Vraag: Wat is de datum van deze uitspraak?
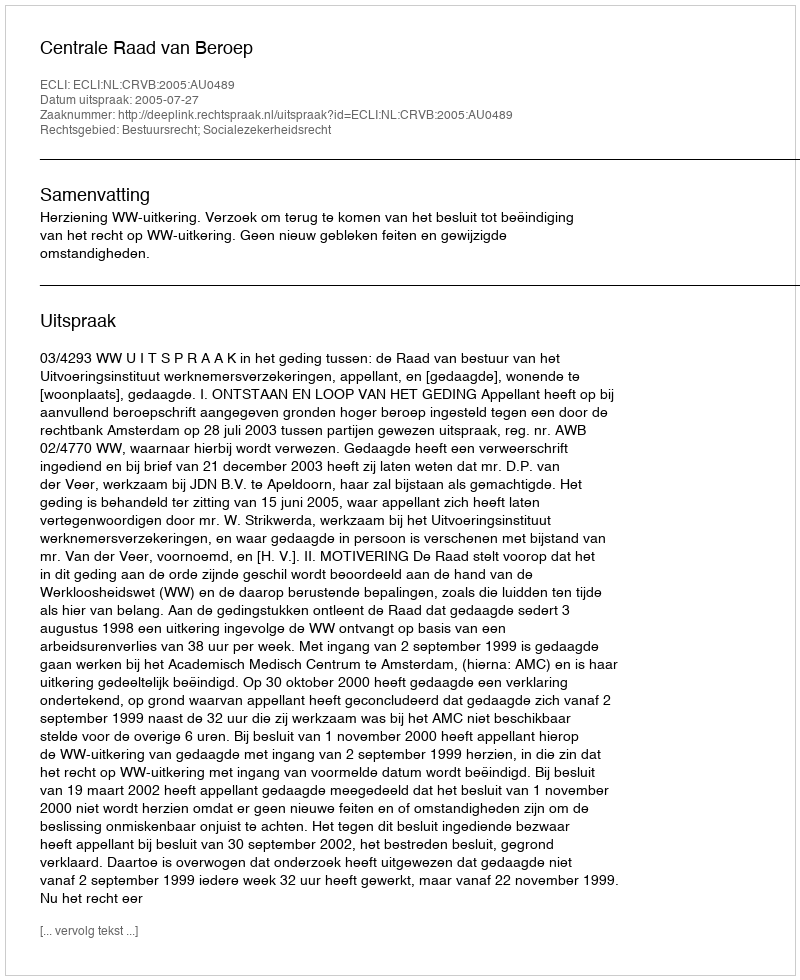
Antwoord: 2005-07-27